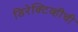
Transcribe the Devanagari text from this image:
डिरेक्टिव्हीची